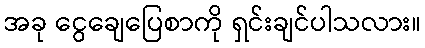
အခု ငွေချေပြေစာကို ရှင်းချင်ပါသလား။